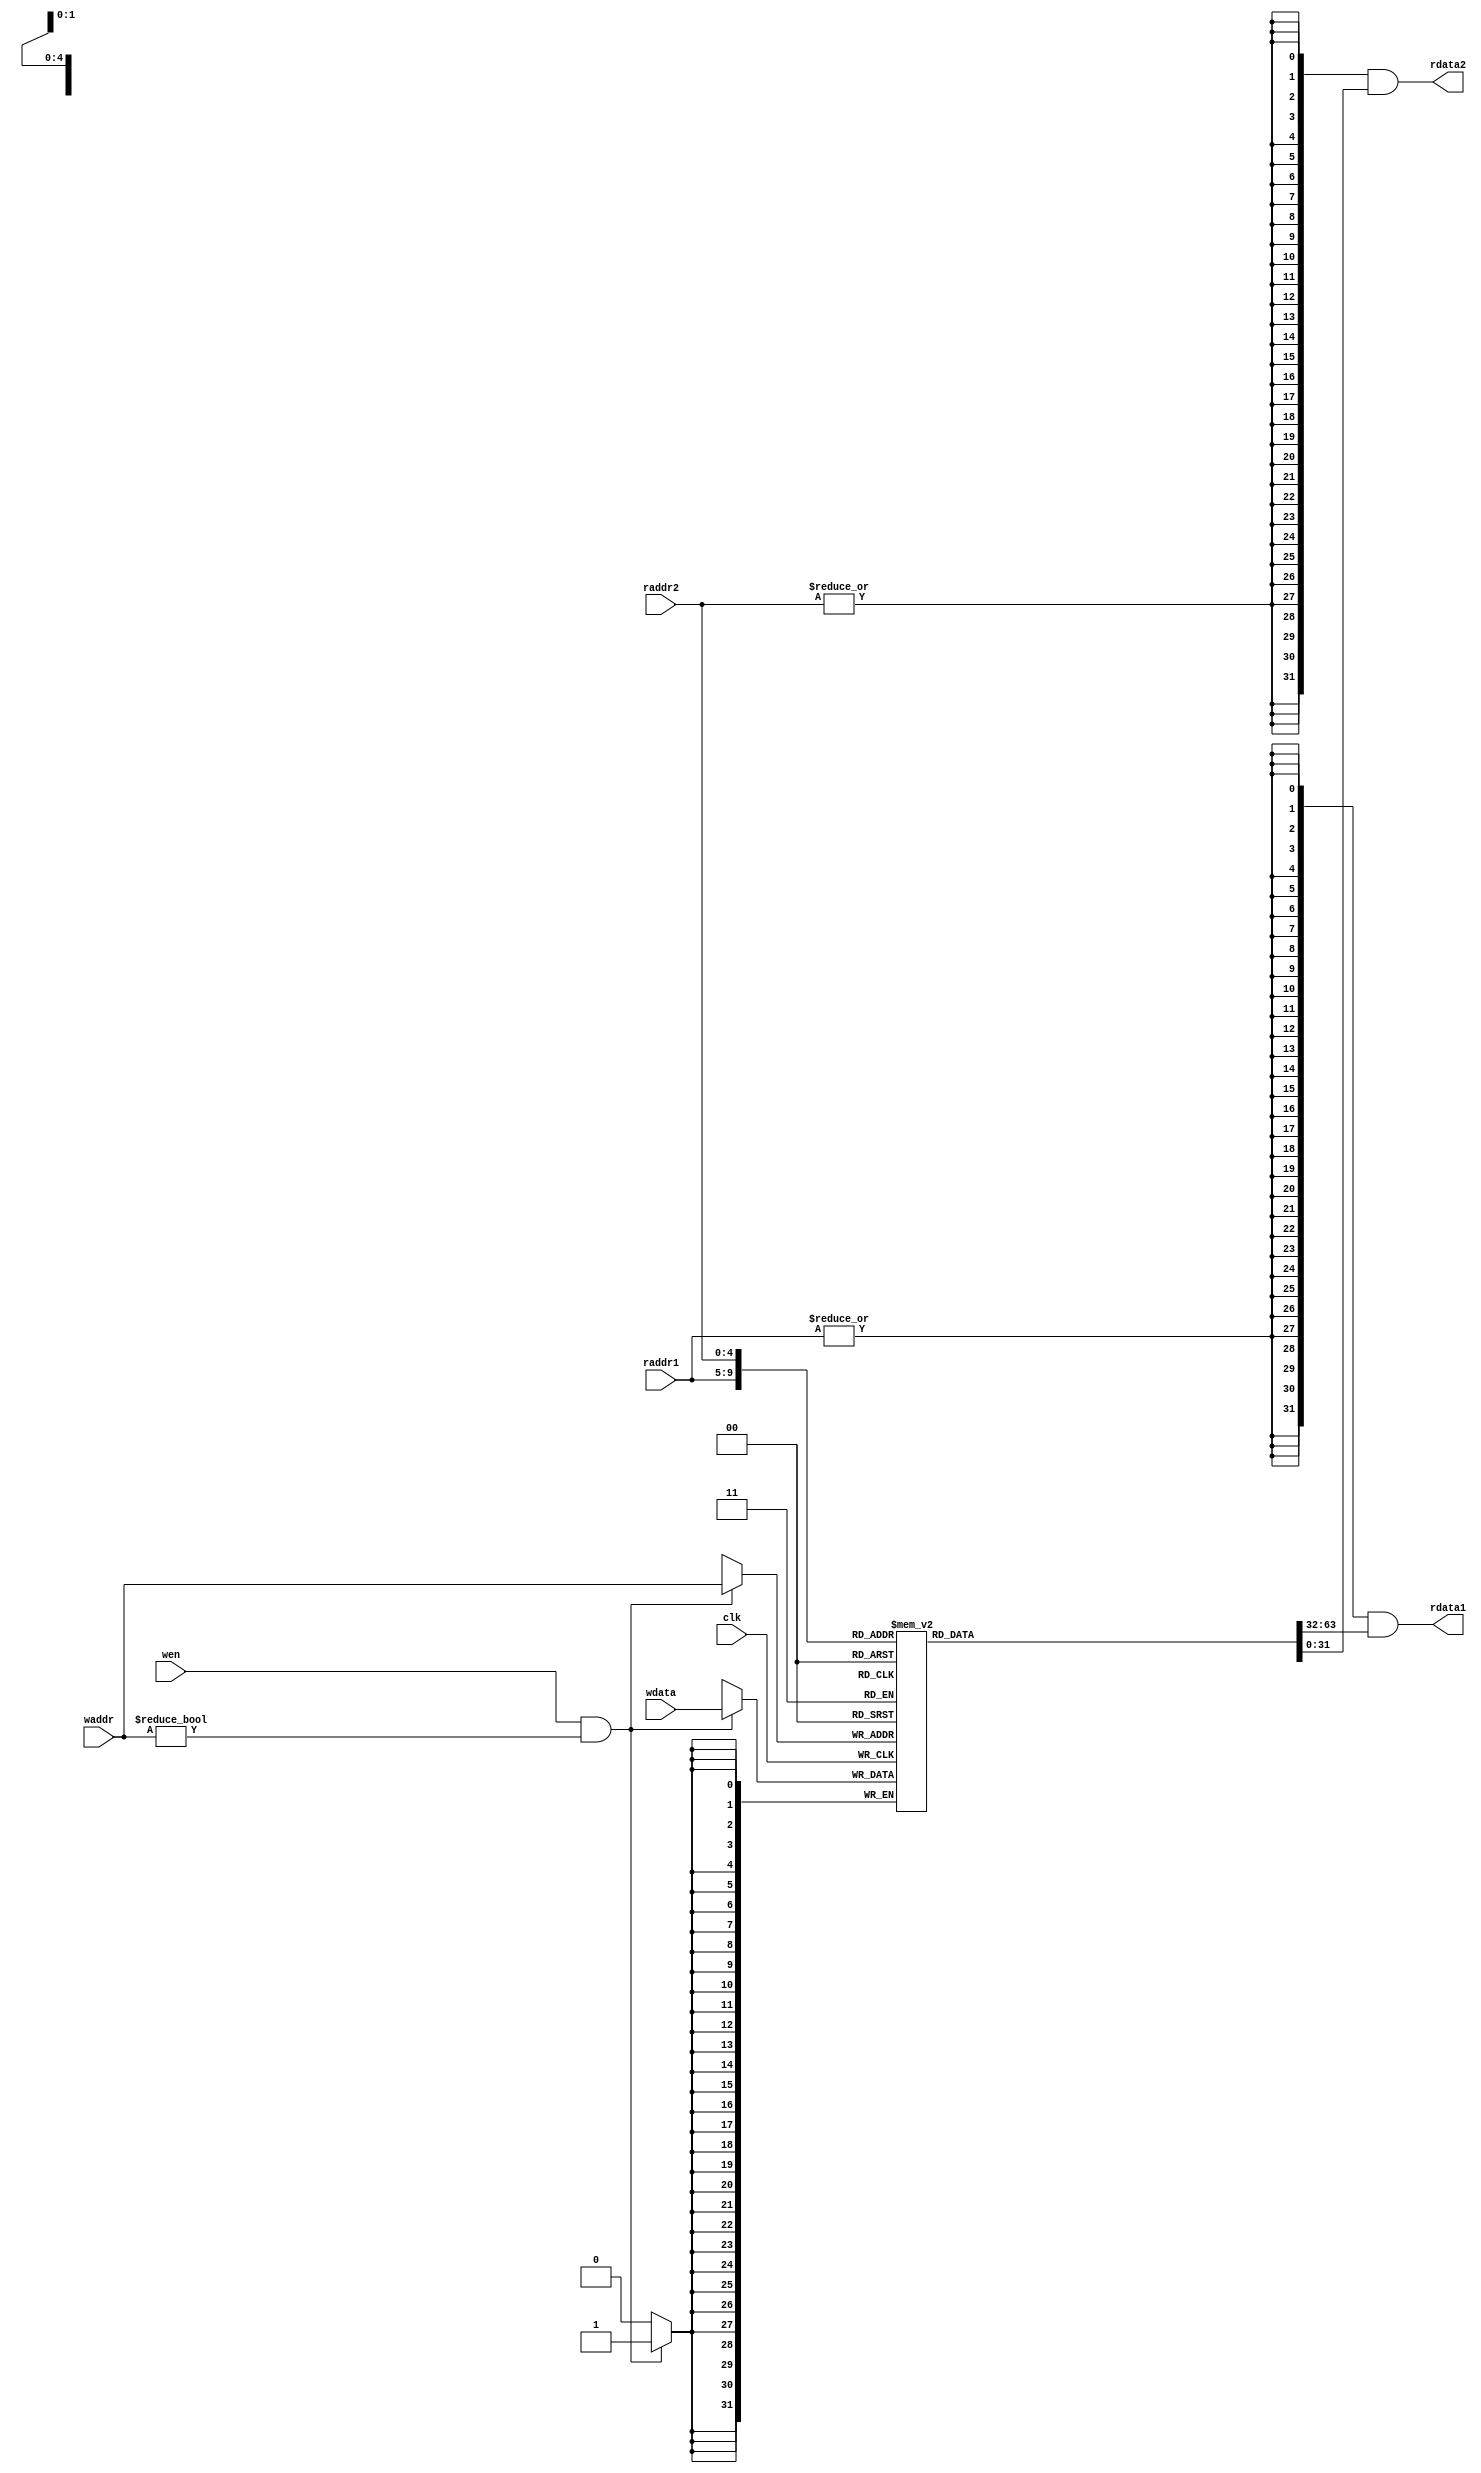
`timescale 10 ns / 1 ns

`define DATA_WIDTH 32
`define ADDR_WIDTH 5

module reg_file(
	input                       clk,
	input  [`ADDR_WIDTH - 1:0]  waddr,
	input  [`ADDR_WIDTH - 1:0]  raddr1,
	input  [`ADDR_WIDTH - 1:0]  raddr2,
	input                       wen,
	input  [`DATA_WIDTH - 1:0]  wdata,
	output [`DATA_WIDTH - 1:0]  rdata1,
	output [`DATA_WIDTH - 1:0]  rdata2
);
	
	reg [`DATA_WIDTH - 1:0] rf [`DATA_WIDTH - 1:0];

	// change the data in the register, except when waddr == 0
	always @(posedge clk) begin
		if (wen && waddr != `ADDR_WIDTH'b0) begin
			rf[waddr] <= wdata;
		end
	end
	
	// read the data out at raddr1 & raddr2. when one is 0, out put 0 at the same time
	assign rdata1 = {`DATA_WIDTH{|raddr1}} & rf[raddr1];
	assign rdata2 = {`DATA_WIDTH{|raddr2}} & rf[raddr2];

endmodule